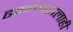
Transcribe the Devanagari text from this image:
ढवळेश्वरालाही